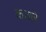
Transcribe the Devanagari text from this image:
कठारे